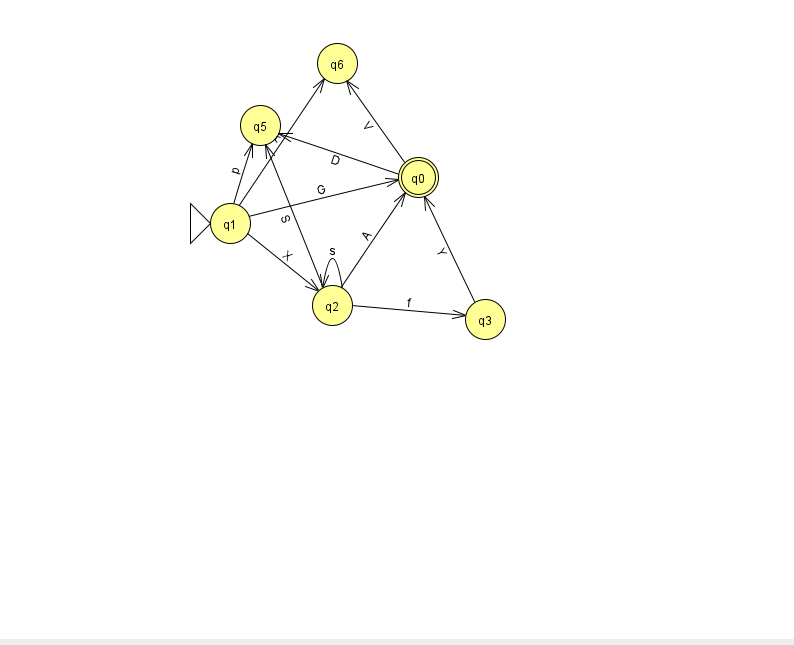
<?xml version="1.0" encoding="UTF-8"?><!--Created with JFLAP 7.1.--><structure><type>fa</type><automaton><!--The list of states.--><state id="0" name="q0"><x>418.0</x><y>164.0</y><final/></state><state id="1" name="q1"><x>230.0</x><y>210.0</y><initial/></state><state id="2" name="q2"><x>332.0</x><y>292.0</y></state><state id="3" name="q3"><x>485.0</x><y>306.0</y></state><state id="5" name="q5"><x>260.0</x><y>112.0</y></state><state id="6" name="q6"><x>337.0</x><y>50.0</y></state><!--The list of transitions.--><transition><from>0</from><to>6</to><read>V</read></transition><transition><from>1</from><to>2</to><read>X</read></transition><transition><from>2</from><to>3</to><read>f</read></transition><transition><from>2</from><to>0</to><read>A</read></transition><transition><from>2</from><to>2</to><read>s</read></transition><transition><from>1</from><to>5</to><read>p</read></transition><transition><from>0</from><to>5</to><read>D</read></transition><transition><from>1</from><to>0</to><read>G</read></transition><transition><from>1</from><to>6</to><read>A</read></transition><transition><from>3</from><to>0</to><read>Y</read></transition><transition><from>2</from><to>5</to><read>S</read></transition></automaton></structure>